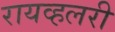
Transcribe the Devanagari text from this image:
रायव्हलरी